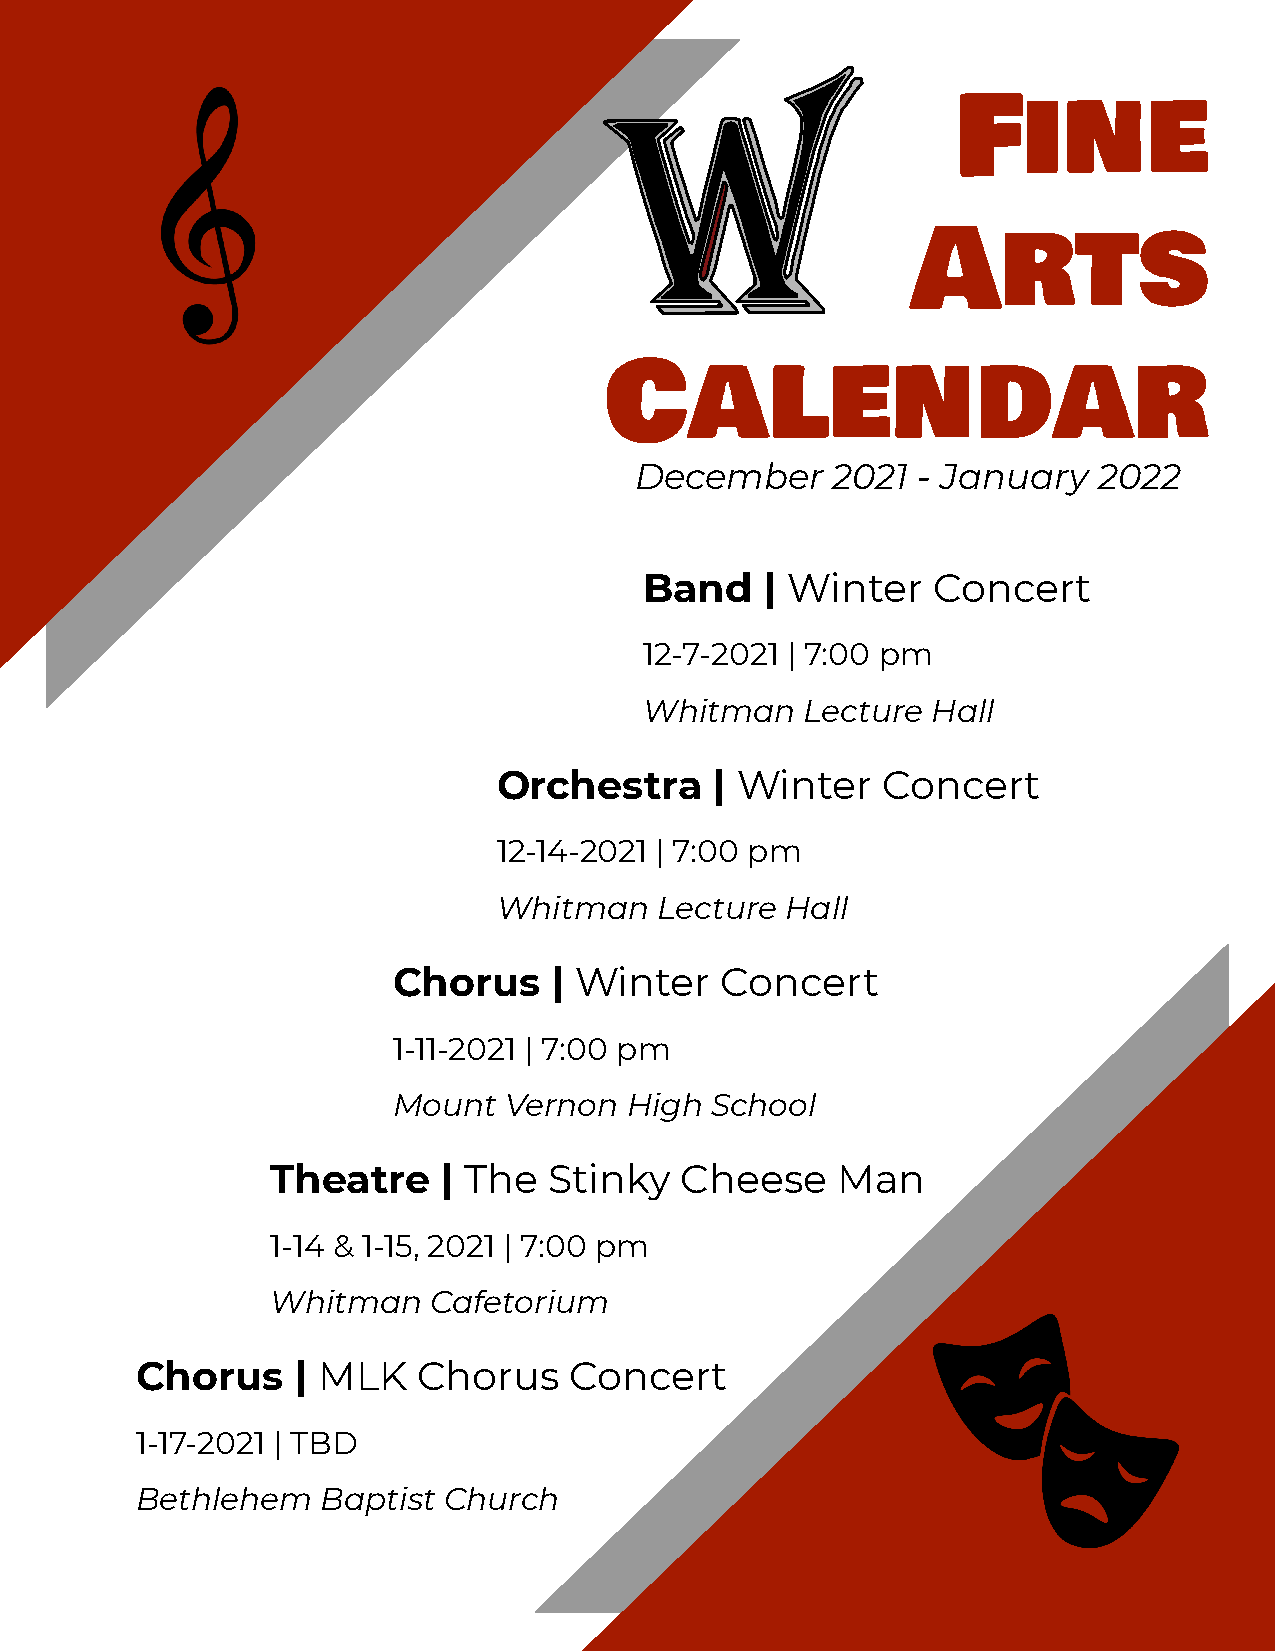
Fine
 Arts
 Calendar
 December     2021  - January   2022
 Band    | Winter   Concert
 12-7-2021 | 7:00 pm
 Whitman   Lecture  Hall
 Orchestra     | Winter   Concert
 12-14-2021 | 7:00 pm
 Whitman    Lecture Hall
 Chorus     | Winter   Concert
 1-11-2021 | 7:00 pm
 Mount  Vernon  High  School
 Theatre    | The  Stinky   Cheese    Man
 1-14 & 1-15, 2021 | 7:00 pm
 Whitman    Cafetorium
 Chorus    | MLK    Chorus    Concert
 1-17-2021 | TBD
 Bethlehem   Baptist Church